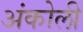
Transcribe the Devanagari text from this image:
अंकोली